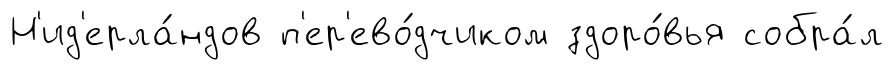
Н'ид'ерла́ндов п'ер'ево́дчиком здоро́вья собра́л